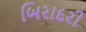
બિરાદરી